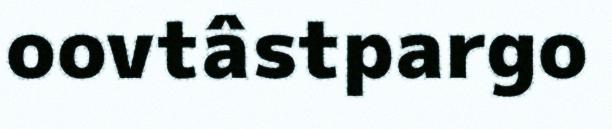
oovtâstpargo